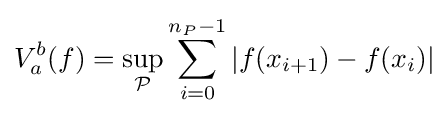
V_{a}^{b}(f)=\sup _{\mathcal {P}}\sum _{i=0}^{n_{P}-1}|f(x_{i+1})-f(x_{i})|